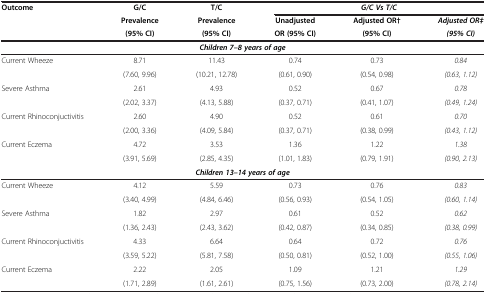
<table><thead><tr><td rowspan="3"><b>Outcome</b></td><td><b>G/C</b></td><td><b>T/C</b></td><td colspan="3"><b><i>G/C Vs T/C</i></b></td></tr><tr><td><b>Prevalence</b></td><td><b>Prevalence</b></td><td><b>Unadjusted</b></td><td><b>Adjusted OR†</b></td><td><b><i>Adjusted OR‡</i></b></td></tr><tr><td><b>(95% CI)</b></td><td><b>(95% CI)</b></td><td><b>OR (95% CI)</b></td><td><b>(95% CI)</b></td><td><b><i>(95% CI)</i></b></td></tr></thead><tbody><tr><td colspan="6"><b><i>Children 7–8 years of age</i></b></td></tr><tr><td rowspan="2">Current Wheeze</td><td>8.71</td><td>11.43</td><td>0.74</td><td>0.73</td><td><i>0.84</i></td></tr><tr><td>(7.60, 9.96)</td><td>(10.21, 12.78)</td><td>(0.61, 0.90)</td><td>(0.54, 0.98)</td><td><i>(0.63, 1.12)</i></td></tr><tr><td rowspan="2">Severe Asthma</td><td>2.61</td><td>4.93</td><td>0.52</td><td>0.67</td><td><i>0.78</i></td></tr><tr><td>(2.02, 3.37)</td><td>(4.13, 5.88)</td><td>(0.37, 0.71)</td><td>(0.41, 1.07)</td><td><i>(0.49, 1.24)</i></td></tr><tr><td rowspan="2">Current Rhinoconjuctivitis</td><td>2.60</td><td>4.90</td><td>0.52</td><td>0.61</td><td><i>0.70</i></td></tr><tr><td>(2.00, 3.36)</td><td>(4.09, 5.84)</td><td>(0.37, 0.71)</td><td>(0.38, 0.99)</td><td><i>(0.43, 1.12)</i></td></tr><tr><td rowspan="2">Current Eczema</td><td>4.72</td><td>3.53</td><td>1.36</td><td>1.22</td><td><i>1.38</i></td></tr><tr><td>(3.91, 5.69)</td><td>(2.85, 4.35)</td><td>(1.01, 1.83)</td><td>(0.79, 1.91)</td><td><i>(0.90, 2.13)</i></td></tr><tr><td colspan="6"><b><i>Children 13–14 years of age</i></b></td></tr><tr><td rowspan="2">Current Wheeze</td><td>4.12</td><td>5.59</td><td>0.73</td><td>0.76</td><td><i>0.83</i></td></tr><tr><td>(3.40, 4.99)</td><td>(4.84, 6.46)</td><td>(0.56, 0.93)</td><td>(0.54, 1.05)</td><td><i>(0.60, 1.14)</i></td></tr><tr><td rowspan="2">Severe Asthma</td><td>1.82</td><td>2.97</td><td>0.61</td><td>0.52</td><td><i>0.62</i></td></tr><tr><td>(1.36, 2.43)</td><td>(2.43, 3.62)</td><td>(0.42, 0.87)</td><td>(0.34, 0.85)</td><td><i>(0.38, 0.99)</i></td></tr><tr><td rowspan="2">Current Rhinoconjuctivitis</td><td>4.33</td><td>6.64</td><td>0.64</td><td>0.72</td><td><i>0.76</i></td></tr><tr><td>(3.59, 5.22)</td><td>(5.81, 7.58)</td><td>(0.50, 0.81)</td><td>(0.52, 1.00)</td><td><i>(0.55, 1.06)</i></td></tr><tr><td rowspan="2">Current Eczema</td><td>2.22</td><td>2.05</td><td>1.09</td><td>1.21</td><td><i>1.29</i></td></tr><tr><td>(1.71, 2.89)</td><td>(1.61, 2.61)</td><td>(0.75, 1.56)</td><td>(0.73, 2.00)</td><td><i>(0.78, 2.14)</i></td></tr></tbody></table>